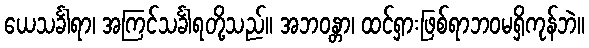
ယေသင်္ခါရာ၊ အကြင်သင်္ခါရတို့သည်။ အဘဝန္တာ၊ ထင်ရှားဖြစ်ရာဘဝမရှိကုန်ဘဲ။